Indian journal of veterinary science and animal husbandry - Volume 2,
Year: 1932
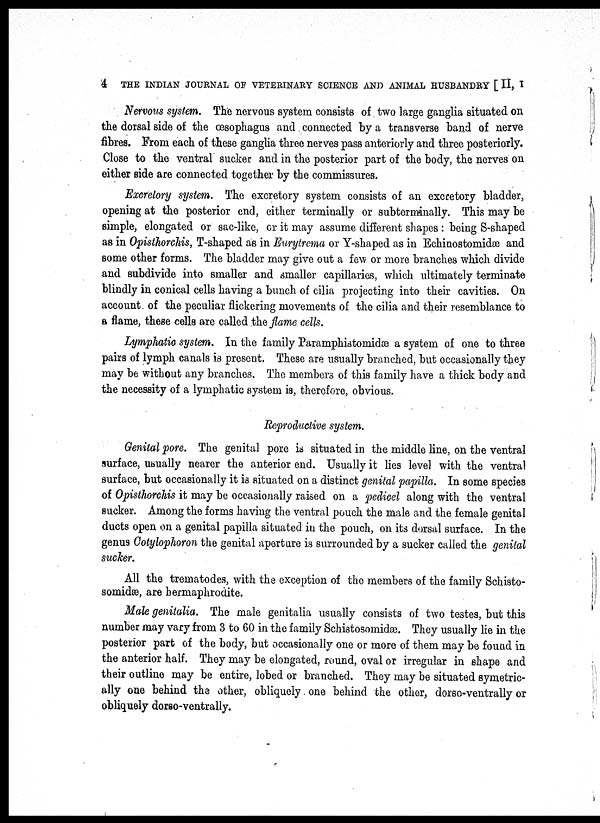
4 THE INDIAN JOURNAL OF VETERINARY SCIENCE AND ANIMAL HUSBANDRY [ II, I
Nervous system. The nervous system consists of two large ganglia situated on
the dorsal side of the œsophagus and connected by a transverse band of nerve
fibres. From each of these ganglia three nerves pass anteriorly and three posteriorly.
Close to the ventral sucker and in the posterior part of the body, the nerves on
either side are connected together by the commissures.
Excretory system. The excretory system consists of an excretory bladder,
opening at the posterior end, either terminally or subterminally. This may be
simple, elongated or sac-like, or it may assume different shapes : being S-shaped
as in Opisthorchis, T-shaped as in Eurytrema or Y-shaped as in Echinostomidæ and
some other forms. The bladder may give out a few or more branches which divide
and subdivide into smaller and smaller capillaries, which ultimately terminate
blindly in conical cells having a bunch of cilia projecting into their cavities. On
account of the peculiar flickering movements of the cilia and their resemblance to
a flame, these cells are called the flame cells.
Lymphatic system. In the family Paramphistomidæ a system of one to three
pairs of lymph canals is present. These are usually branched, but occasionally they
may be without any branches. The members of this family have a thick body and
the necessity of a lymphatic system is, therefore, obvious.
Reproductive system.
Genital pore. The genital pore is situated in the middle line, on the ventral
surface, usually nearer the anterior end. Usually it lies level with the ventral
surface, but occasionally it is situated on a distinct genital papilla. In some species
of Opisthorchis it may be occasionally raised on a pedicel along with the ventral
sucker. Among the forms having the ventral pouch the male and the female genital
ducts open on a genital papilla situated in the pouch, on its dorsal surface. In the
genus Cotylophoron the genital aperture is surrounded by a sucker called the genital
sucker.
All the trematodes, with the exception of the members of the family Schisto¬
somidæ, are hermaphrodite.
Male genitalia. The male genitalia usually consists of two testes, but this
number may vary from 3 to 60 in the family Schistosomidæ. They usually lie in the
posterior part of the body, but occasionally one or more of them may be found in
the anterior half. They may be elongated, round, oval or irregular in shape and
their outline may be entire, lobed or branched. They may be situated symetric¬
ally one behind the other, obliquely one behind the other, dorso-ventrally or
obliquely dorso-ventrally.